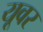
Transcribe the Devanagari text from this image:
यूवर